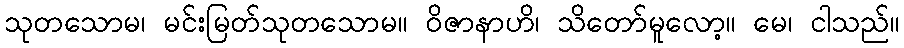
သုတသောမ၊ မင်းမြတ်သုတသောမ။ ဝိဇာနာဟိ၊ သိတော်မူလော့။ မေ၊ ငါသည်။